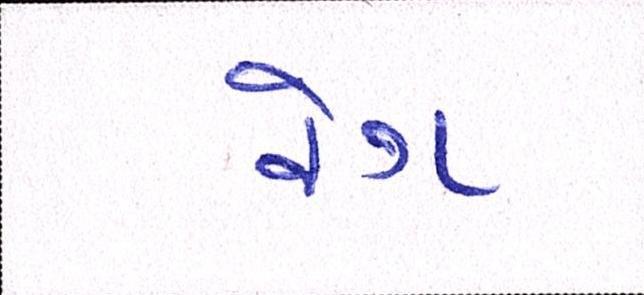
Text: વેગ